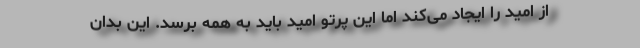
از امید را ایجاد می‌کند اما این پرتو امید باید به همه برسد. این بدان